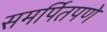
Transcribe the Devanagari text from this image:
समर्पितपणे